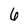
Character: 6